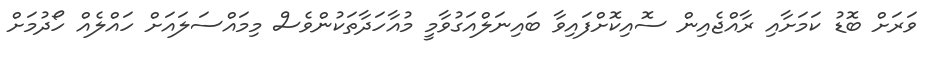
ވަރަށް ބޮޑު ކަަމަށާއި ރާއްޖެއިން ސޮއިކޮށްފައިވާ ބައިނަލްއަގުވާމީ މުއާހަދާތަކުންވެސް މިމައްސަލައަށް ހައްލެއް ހޯދުމަށް